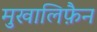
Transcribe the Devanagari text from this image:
मुखालिफ़ैन